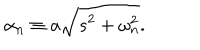
\alpha _ { n } \equiv a \sqrt { s ^ { 2 } + \omega _ { n } ^ { 2 } } .